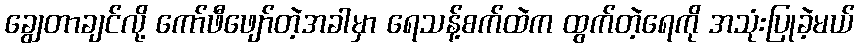
ချွေတာချင်လို့ ကော်ဖီဖျော်တဲ့အခါမှာ ရေသန့်စက်ထဲက ထွက်တဲ့ရေကို အသုံးပြုခဲ့မယ်